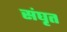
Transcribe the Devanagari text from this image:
संघृत